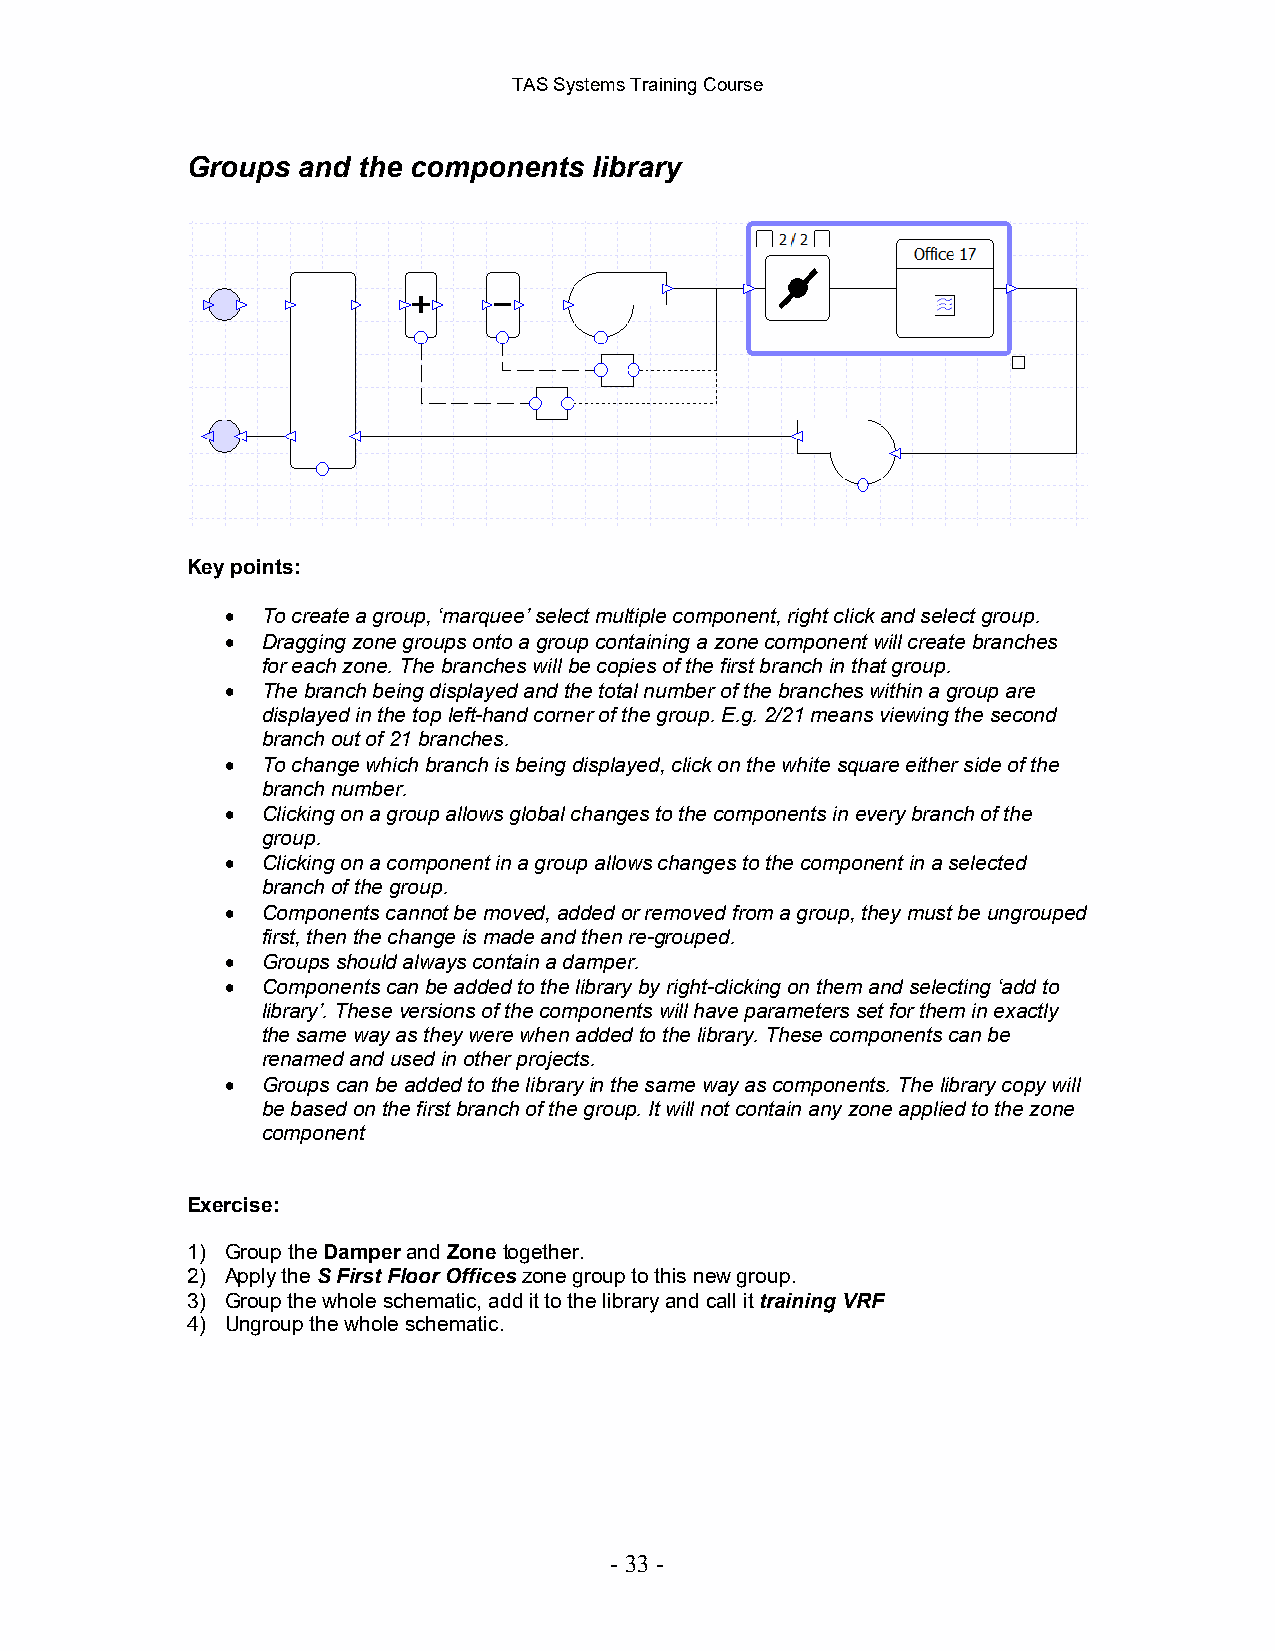
TAS Systems Training Course
 Groups  and the components library
 Key points:
 • To create a group, ‘marquee’ select multiple component, right click and select group.
 • Dragging zone groups onto a group containing a zone component will create branches
 for each zone. The branches will be copies of the first branch in that group.
 • The branch being displayed and the total number of the branches within a group are
 displayed in the top left-hand corner of the group. E.g. 2/21 means viewing the second
 branch out of 21 branches.
 • To change which branch is being displayed, click on the white square either side of the
 branch number.
 • Clicking on a group allows global changes to the components in every branch of the
 group.
 • Clicking on a component in a group allows changes to the component in a selected
 branch of the group.
 • Components cannot be moved, added or removed from a group, they must be ungrouped
 first, then the change is made and then re-grouped.
 • Groups should always contain a damper.
 • Components can be added to the library by right-clicking on them and selecting ‘add to
 library’. These versions of the components will have parameters set for them in exactly
 the same way as they were when added to the library. These components can be
 renamed and used in other projects.
 • Groups can be added to the library in the same way as components. The library copy will
 be based on the first branch of the group. It will not contain any zone applied to the zone
 component
 Exercise:
 1) Group the Damper and Zone together.
 2) Apply the S First Floor Offices zone group to this new group.
 3) Group the whole schematic, add it to the library and call it training VRF
 4) Ungroup the whole schematic.
 - 33 -